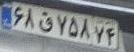
۶۸ق۷۵۸۷۴